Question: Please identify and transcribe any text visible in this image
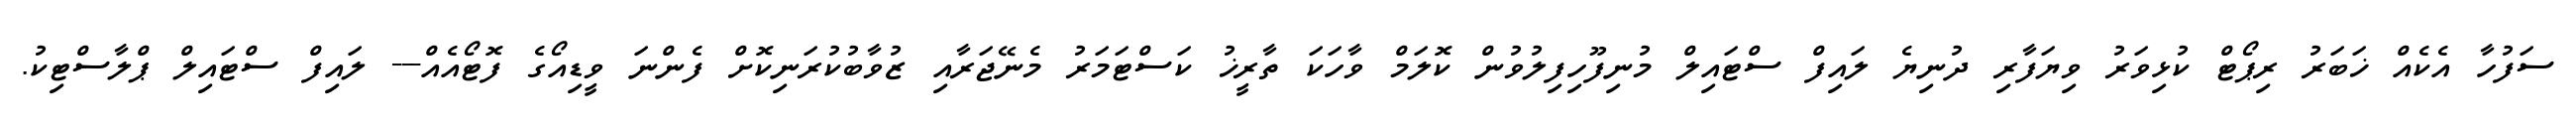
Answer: ސަފުހާ އެކެއް ޚަބަރު ރިޕޯޓް ކުޅިވަރު ވިޔަފާރި ދުނިޔެ ލައިފް ސްޓައިލް މުނިފޫހިފިލުވުން ކޮލަމް ވާހަކަ ތާރީޚު ކަސްޓަމަރު މެނޭޖަރާއި ޒުވާބުކުރަނިކޮށް ފެންނަ ވީޑިއޯގެ ފޮޓޯއެއް--- ލައިފް ސްޓައިލް ޕްލާސްޓިކު.